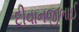
દીવાનજીભાઈ